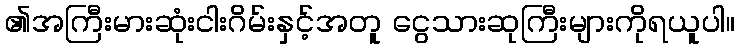
၏အကြီးမားဆုံးငါးဂိမ်းနှင့်အတူ ငွေသားဆုကြီးများကိုရယူပါ။